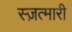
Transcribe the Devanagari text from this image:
स्ज़त्मारी